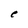
Character: e